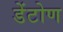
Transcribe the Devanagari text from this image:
डेंटोण